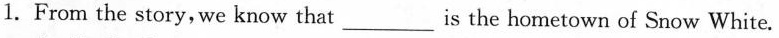
1.From the story, we know that___is the hometown of Snow White.